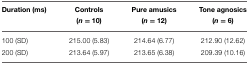
<table><thead><tr><td><b>Duration (ms)</b></td><td><b>Controls (<i>n</i> = 10)</b></td><td><b>Pure amusics (<i>n</i> = 12)</b></td><td><b>Tone agnosics (<i>n</i> = 6)</b></td></tr></thead><tbody><tr><td>100 (SD)</td><td>215.00 (5.83)</td><td>214.64 (6.77)</td><td>212.90 (12.62)</td></tr><tr><td>200 (SD)</td><td>213.64 (5.97)</td><td>213.65 (6.38)</td><td>209.39 (10.16)</td></tr></tbody></table>